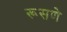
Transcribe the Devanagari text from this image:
रूसणे